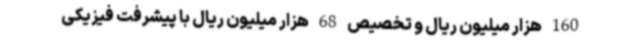
160 هزار میلیون ریال و تخصیص 68 هزار میلیون ریال با پیشرفت فیزیکی